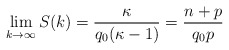
\begin{align*}\lim \limits_{k \to \infty}S(k)=\dfrac{\kappa}{q_0(\kappa-1)}=\dfrac{n+p}{q_0p}\end{align*}